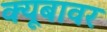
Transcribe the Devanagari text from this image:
क्यूबावर